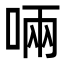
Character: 啢